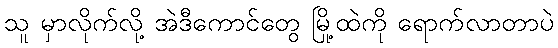
သူ မှာလိုက်လို့ အဲဒီကောင်တွေ မြို့ထဲကို ရောက်လာတာပဲ